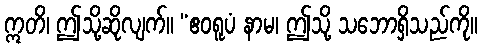
ဣတိ၊ ဤသို့ဆိုလျက်။ “ဧဝရူပံ နာမ၊ ဤသို့ သဘောရှိသည်ကို။